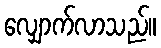
လျှောက်လာသည်။